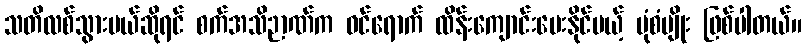
သတိလစ်သွားမယ်ဆိုရင် စက်အသိဉာဏ်က ဝင်ရောက် ထိန်းကျောင်းပေးနိုင်မယ့် ပုံစံမျိုး ဖြစ်ပါတယ်။